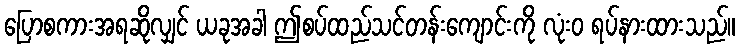
ပြောစကားအရဆိုလျှင် ယခုအခါ ဤစပ်ထည်သင်တန်းကျောင်းကို လုံးဝ ရပ်နားထားသည်။